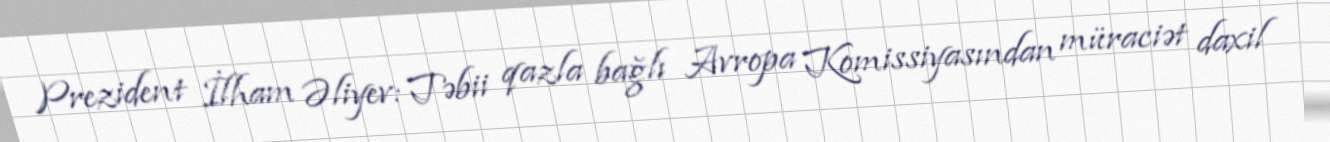
Prezident İlham Əliyev: Təbii qazla bağlı Avropa Komissiyasından müraciət daxil